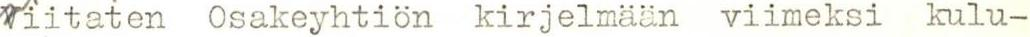
Viitaten Osakeyhtiön kirjelmään viimeksi kulu-